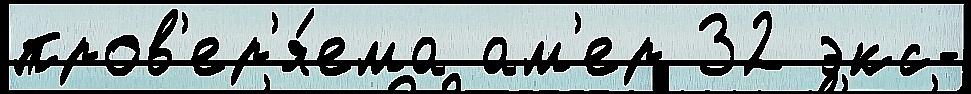
пров'ер'я́ема ам'ер 32 экс-